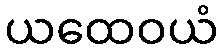
ယထေဝယံ